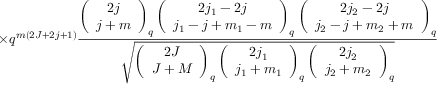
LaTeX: \times q ^ { m ( 2 J + 2 j + 1 ) } \frac { \left( \begin{array} { c } { { 2 j } } \\ { { j + m } } \end{array} \right) _ { q } \left( \begin{array} { c } { { 2 j _ { 1 } - 2 j } } \\ { { j _ { 1 } - j + m _ { 1 } - m } } \end{array} \right) _ { q } \left( \begin{array} { c } { { 2 j _ { 2 } - 2 j } } \\ { { j _ { 2 } - j + m _ { 2 } + m } } \end{array} \right) _ { q } } { \sqrt { \left( \begin{array} { c } { { 2 J } } \\ { { J + M } } \end{array} \right) _ { q } \left( \begin{array} { c } { { 2 j _ { 1 } } } \\ { { j _ { 1 } + m _ { 1 } } } \end{array} \right) _ { q } \left( \begin{array} { c } { { 2 j _ { 2 } } } \\ { { j _ { 2 } + m _ { 2 } } } \end{array} \right) _ { q } } }